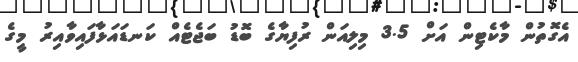
އެގޮތުން މާކެޓިން އަށް 3.5 މިލިއަން ރުފިޔާގެ ބޮޑު ބަޖެޓެއް ކަނޑައަޅާފައިވާއިރު މީގެ